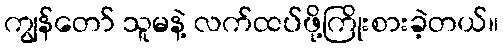
ကျွန်တော် သူမနဲ့ လက်ထပ်ဖို့ကြိုးစားခဲ့တယ်။